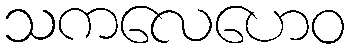
သကလေဟေဝ